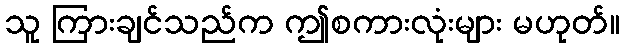
သူ ကြားချင်သည်က ဤစကားလုံးများ မဟုတ်။